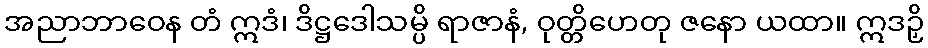
အညာဘာဝေန တံ ဣဒံ၊ ဒိဋ္ဌဒေါသမ္ပိ ရာဇာနံ, ဝုတ္တိဟေတု ဇနော ယထာ။ ဣဒဉှိ